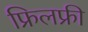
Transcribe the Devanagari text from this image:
फ्रिलफ्री